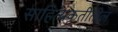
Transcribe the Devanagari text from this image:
साहित्यकृतींतील